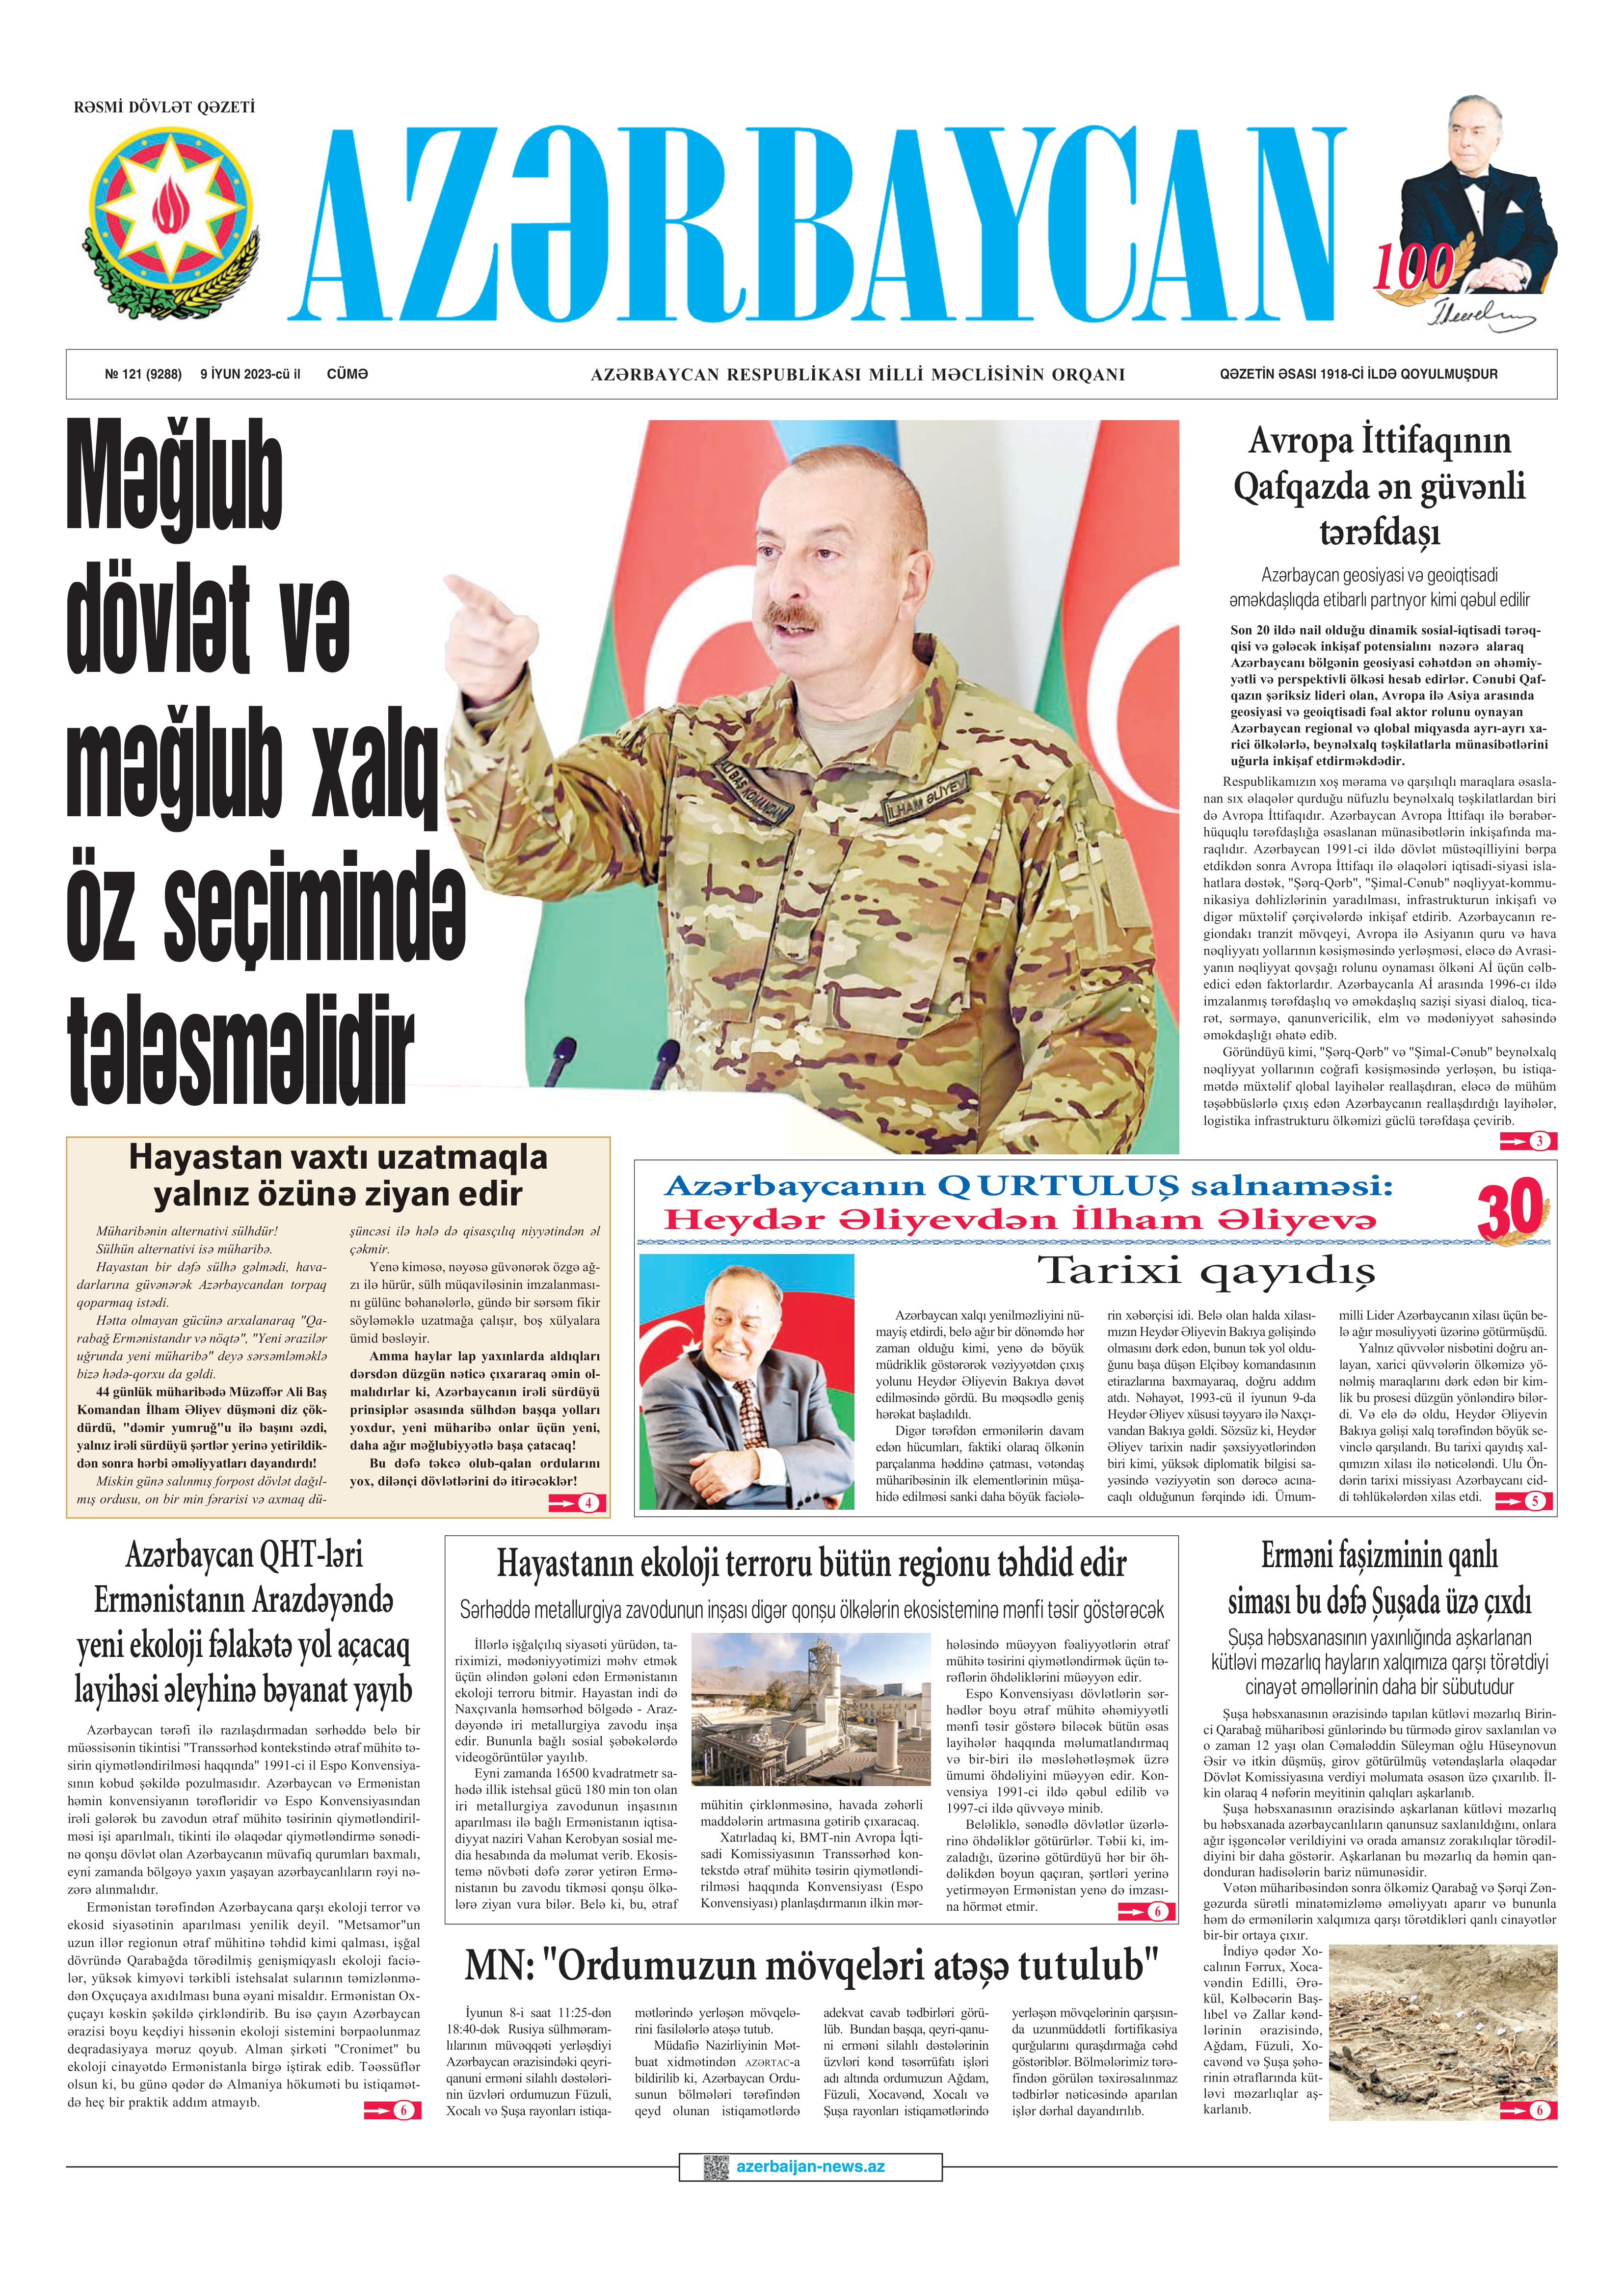
Language: az